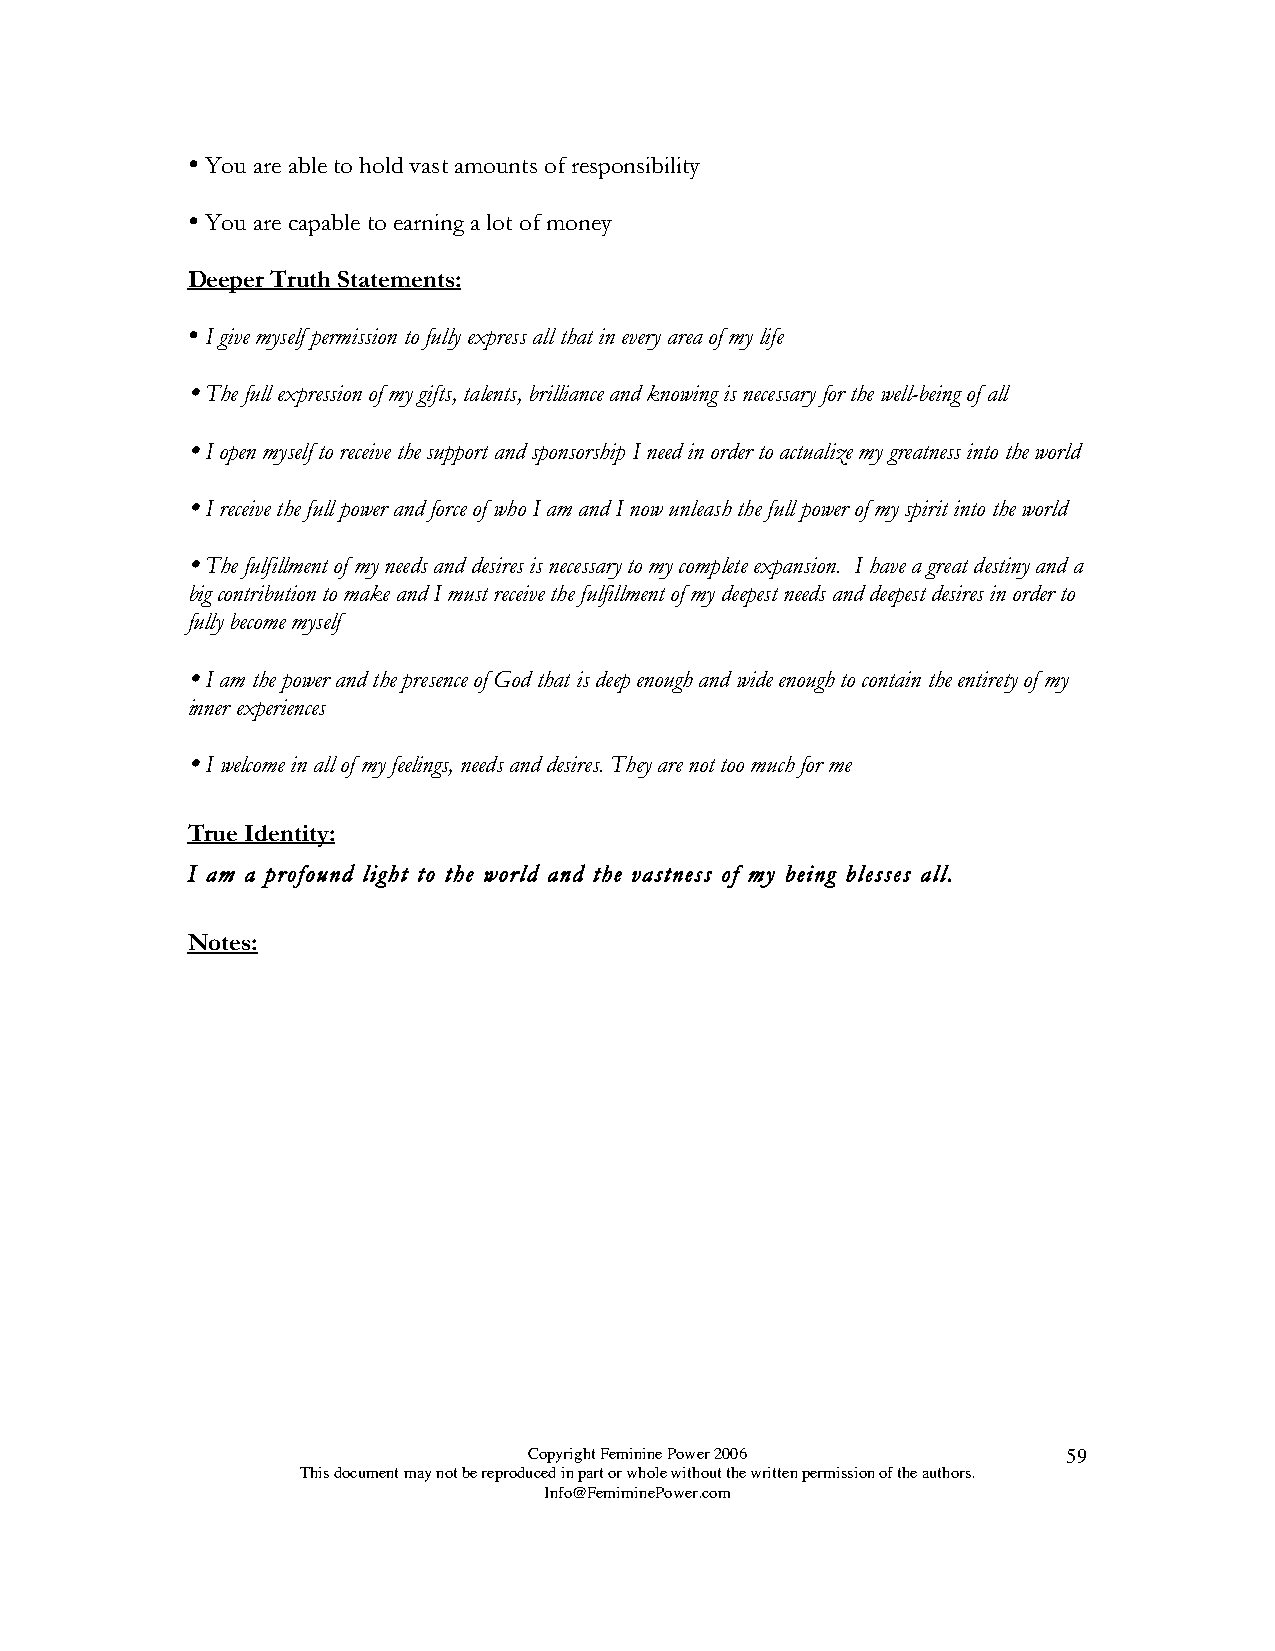

 You are able to hold vast amounts of responsibility
 
 You are capable to earning a lot of money
 Deeper Truth Statements:
 
 I give myself permission to fully express all that in every area of my life
 
 The full expression of my gifts, talents, brilliance and knowing is necessary for the well-being of all
 
 I open myself to receive the support and sponsorship I need in order to actualize my greatness into the world
 
 I receive the full power and force of who I am and I now unleash the full power of my spirit into the world
 
 The fulfillment of my needs and desires is necessary to my complete expansion. I have a great destiny and a
 big contribution to make and I must receive the fulfillment of my deepest needs and deepest desires in order to
 fully become myself
 
 I am the power and the presence of God that is deep enough and wide enough to contain the entirety of my
 inner experiences
 
 I welcome in all of my feelings, needs and desires. They are not too much for me
 True Identity:
 I am a profound light to the world and the vastness of my being blesses all.
 Notes:
 Copyright Feminine Power 2006       59
 This document may not be reproduced in part or whole without the written permission of the authors.
 Info@FemiminePower.com